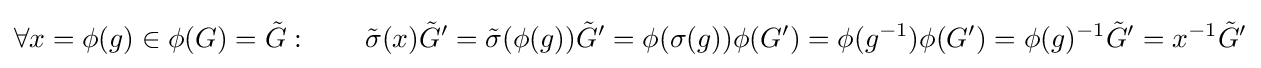
\forall x=\phi (g)\in \phi (G)={\tilde {G}}:\qquad {\tilde {\sigma }}(x){\tilde {G}}'={\tilde {\sigma }}(\phi (g)){\tilde {G}}'=\phi (\sigma (g))\phi (G')=\phi (g^{-1})\phi (G')=\phi (g)^{-1}{\tilde {G}}'=x^{-1}{\tilde {G}}'